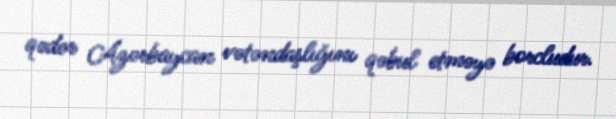
qədər Azərbaycan vətəndaşlığını qəbul etməyə borcludur.